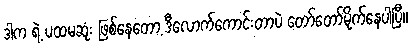
ဒါက ရဲ့ ပထမဆုံး ဖြစ်နေတော့ ဒီလောက်ကောင်းတာပဲ တော်တော်မိုက်နေပါပြီ။